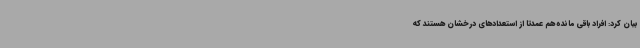
بیان کرد: افراد باقی مانده هم عمدتا از استعدادهای درخشان هستند که